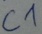
Text: C1